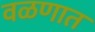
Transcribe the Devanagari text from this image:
वळणात